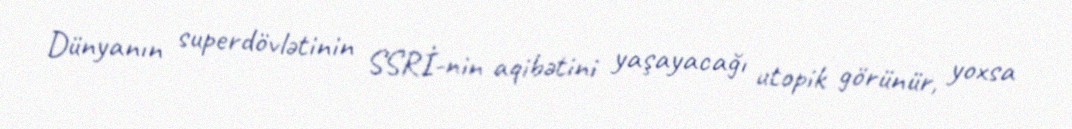
Dünyanın superdövlətinin SSRİ-nin aqibətini yaşayacağı utopik görünür, yoxsa